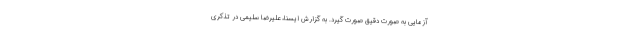
آزمایی به صورت دقیق صورت گیرد. به گزارش ایسنا، علیرضا سلیمی در تذکری